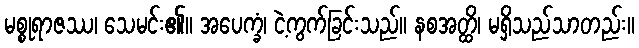
မစ္စုရာဇဿ၊ သေမင်း၏။ အပေက္ခံ၊ ငဲ့ကွက်ခြင်းသည်။ နစအတ္ထိ၊ မရှိသည်သာတည်း။